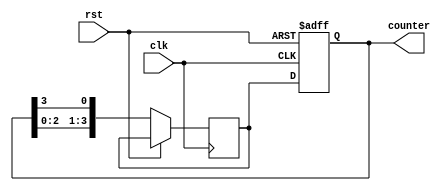
module JohnsonCounter (
    input clk,
    input rst,
    output reg [3:0] counter
);

reg [3:0] temp;

always @(posedge clk or posedge rst) begin
    if (rst) begin
        counter <= 4'b0000;
    end else begin
        temp <= {counter[2:0], counter[3]};
        counter <= temp;
    end
end

endmodule